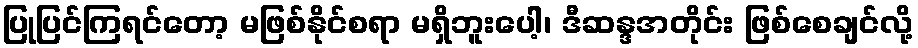
ပြုပြင်ကြရင်တော့ မဖြစ်နိုင်စရာ မရှိဘူးပေါ့၊ ဒီဆန္ဒအတိုင်း ဖြစ်စေချင်လို့